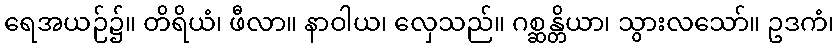
ရေအယဉ်၌။ တိရိယံ၊ ဖီလာ။ နာဝါယ၊ လှေသည်။ ဂစ္ဆန္တိယာ၊ သွားလသော်။ ဥဒကံ၊